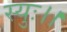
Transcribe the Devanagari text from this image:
स्युः।।